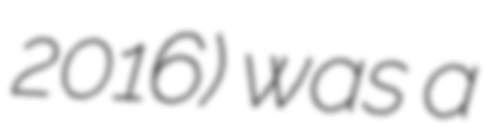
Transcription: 2016) was a